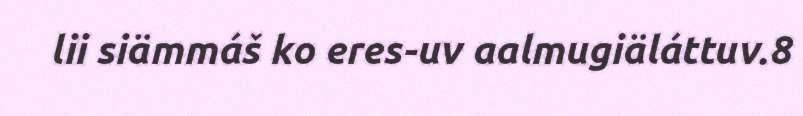
lii siämmáš ko eres-uv aalmugiäláttuv.8